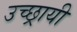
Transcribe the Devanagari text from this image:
उच्छ्रायी